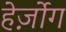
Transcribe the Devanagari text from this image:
हेर्ज़ोग